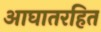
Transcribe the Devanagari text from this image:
आघातरहित